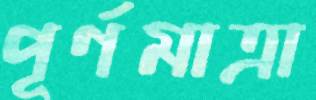
পূর্ণমাত্রা